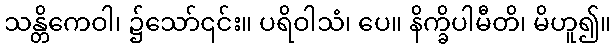
သန္တိကေဝါ၊ ၌သော်၎င်း။ ပရိဝါသံ၊ ပေ။ နိက္ခိပါမီတိ၊ မိဟူ၍။